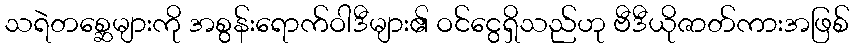
သရဲတစ္ဆေများကို အစွန်းရောက်ဝါဒီများ၏ ဝင်ငွေရှိသည်ဟု ဗီဒီယိုဇာတ်ကားအဖြစ်